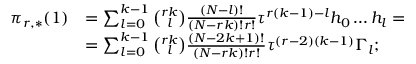
\begin{array} { r l } { \pi _ { r , * } ( 1 ) } & { = \sum _ { l = 0 } ^ { k - 1 } \binom { r k } { l } \frac { ( N - l ) ! } { ( N - r k ) ! r ! } \tau ^ { r ( k - 1 ) - l } h _ { 0 } \dots h _ { l } = } \\ & { = \sum _ { l = 0 } ^ { k - 1 } \binom { r k } { l } \frac { ( N - 2 k + 1 ) ! } { ( N - r k ) ! r ! } \tau ^ { ( r - 2 ) ( k - 1 ) } \Gamma _ { l } ; } \end{array}